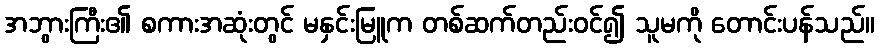
အဘွားကြီး၏ စကားအဆုံးတွင် မနှင်းမြူက တစ်ဆက်တည်းဝင်၍ သူမကို တောင်းပန်သည်။